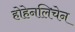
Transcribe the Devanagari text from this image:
होहेनलिचेन